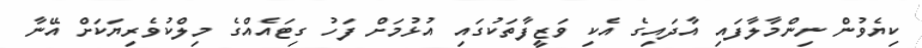
ކިޔެވުން ނިންމާލާފައި އާދައިގެ އެކި ވަޒީފާތަކުގައި އުޅުމަށް ފަހު ގިޓައެއްގެ މިލްކުވެރިޔަކަށް އޭނާ